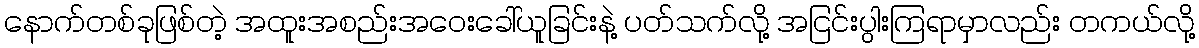
နောက်တစ်ခုဖြစ်တဲ့ အထူးအစည်းအဝေးခေါ်ယူခြင်းနဲ့ ပတ်သက်လို့ အငြင်းပွါးကြရာမှာလည်း တကယ်လို့